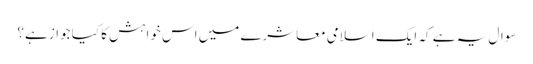
سوال یہ ہے کہ ایک اسلامی معاشرے میں اس خواہش کا کیا جواز ہے؟